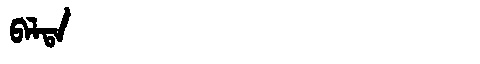
Manchu: ᠪᠠᠯᡨᠠ
Romanization: BALTA